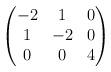
LaTeX: \begin{align*} \begin{pmatrix} -2 & 1 & 0\\ 1 & -2 & 0\\ 0 & 0 & 4 \end{pmatrix} \end{align*}